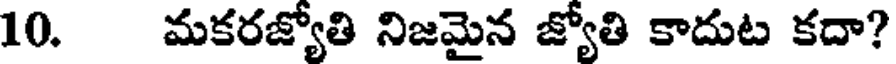
10. మకరజ్యోతి నిజమైన జ్యోతి కాదుట కదా?